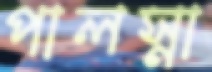
পালস্না